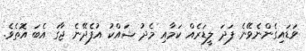
ވަޑައިގެންނެވޭނެ ފަދަ ލީޑަރެއް ކަމާއި މެދު ޝައްކު އުފެދޭނެ ޖާގަ އެބަ އޮތެވެ.